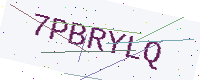
Text: 7PBRYLQ